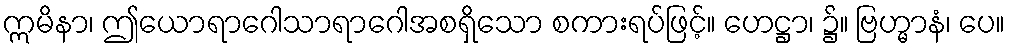
ဣမိနာ၊ ဤယောရာဂေါသာရာဂေါအစရှိသော စကားရပ်ဖြင့်။ ဟေဋ္ဌာ၊ ၌။ ဗြဟ္မာနံ၊ ပေ။